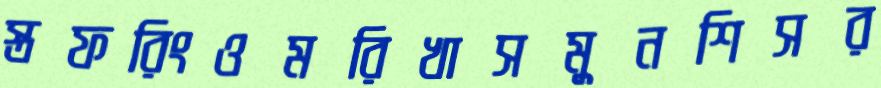
স্তফরিংওমরিখাসমুনশিসর